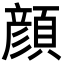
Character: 顔